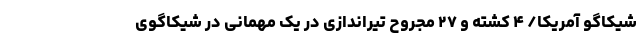
شیکاگو آمریکا/ ۴ کشته و ۲۷ مجروح تیراندازی در یک مهمانی در شیکاگوی